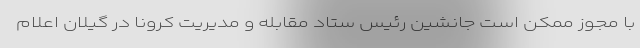
با مجوز ممکن است جانشین رئیس ستاد مقابله و مدیریت کرونا در گیلان اعلام